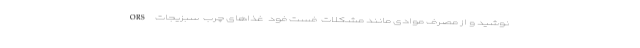
ORS نوشید و از مصرف موادی مانند مشکلات  فست فود  غذاهای چرب  سبزیجات